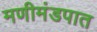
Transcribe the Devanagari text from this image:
मणीमंडपात